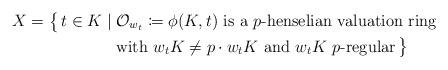
LaTeX: \begin{align*}X = \big\{ \, t \in K \;|\; &\mathcal{O}_{w_t}\coloneqq \phi(K, t) \textrm{ is a }p\textrm{-henselian valuation ring }\\&\textrm{with } w_tK\neq p\cdot w_tK \textrm{ and }w_tK\textrm{ $p$-regular} \,\big\}\end{align*}